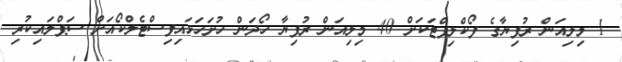
1 މިލިއަން ރުފިޔާގެ ފޯކްލިފްޓަކަށް 40 މިލިއަން ރުފިޔާ ހޯދަން ހުށަހަޅައިފިސްޓެލްކޯއަށް ސަޕްލައިކުރި